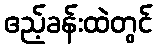
ဧည့်ခန်းထဲတွင်